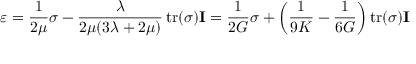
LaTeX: { \boldsymbol { \varepsilon } } = { \frac { 1 } { 2 \mu } } { \boldsymbol { \sigma } } - { \frac { \lambda } { 2 \mu ( 3 \lambda + 2 \mu ) } } \operatorname { t r } ( { \boldsymbol { \sigma } } ) \mathbf { I } = { \frac { 1 } { 2 G } } { \boldsymbol { \sigma } } + \left( { \frac { 1 } { 9 K } } - { \frac { 1 } { 6 G } } \right) \operatorname { t r } ( { \boldsymbol { \sigma } } ) \mathbf { I }